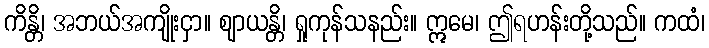
ကိန္တိ၊ အဘယ်အကျိုးငှာ။ ဈာယန္တိ၊ ရှုကုန်သနည်း။ ဣမေ၊ ဤရဟန်းတို့သည်။ ကထံ၊